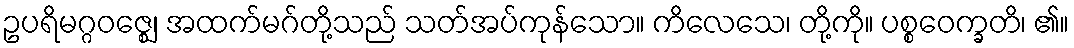
ဥပရိမဂ္ဂဝဇ္ဈေ၊ အထက်မဂ်တို့သည် သတ်အပ်ကုန်သော။ ကိလေသေ၊ တို့ကို။ ပစ္စဝေက္ခတိ၊ ၏။